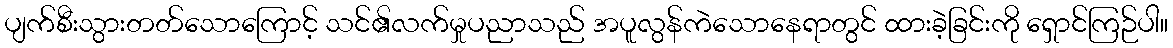
ပျက်စီးသွားတတ်သောကြောင့် သင်၏လက်မှုပညာသည် အပူလွန်ကဲသောနေရာတွင် ထားခဲ့ခြင်းကို ရှောင်ကြဉ်ပါ။